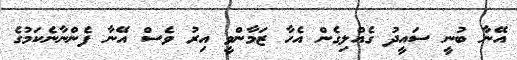
އޭނާ ބުނީ ސައީދު ގެއްލިގެން އެހާ ޒަމާންވީ އިރު ވެސް އޭނާ ފެންނާނެކަމުގެ